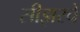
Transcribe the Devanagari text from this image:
सीझरचे